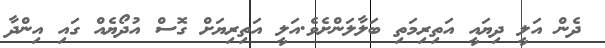
ދެން އަލީ ދިޔައީ އަތިރިމަތި ބަލާލަންށެވެ.އަލީ އަތިރިޔަށް ގޮސް އުދޯޔެއް ގައި އިންދާ